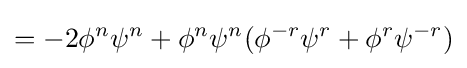
=-2\phi ^{n}\psi ^{n}+\phi ^{n}\psi ^{n}(\phi ^{-r}\psi ^{r}+\phi ^{r}\psi ^{-r})